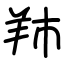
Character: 䍨